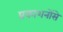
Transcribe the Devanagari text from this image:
प्रकाशनोंसे